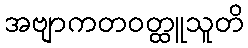
အဗျာကတဝတ္ထူသူတိ